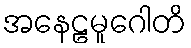
အနေဠမူဂေါတိ